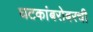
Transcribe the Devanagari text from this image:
घटकांबरोबरची